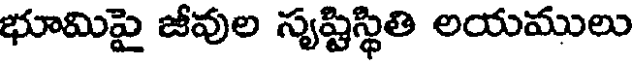
భూమిపై జీవుల సృష్టిస్థితి లయములు